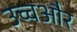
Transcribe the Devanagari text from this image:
उच्चऔर